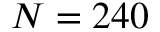
N = 2 4 0